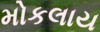
મોકલાય